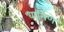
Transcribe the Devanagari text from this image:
धार्मिणे